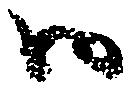
御